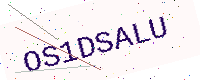
Text: OS1DSALU